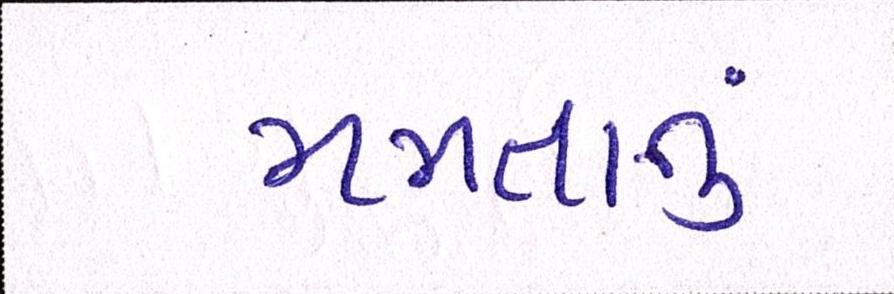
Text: મમતાનું